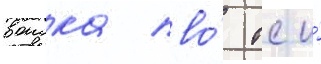
воиска пво́ тс и́